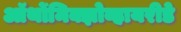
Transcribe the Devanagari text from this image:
ऑर्थोमिक्झोव्हायरीडे